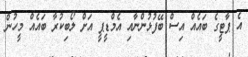
އެ ޕާޓީގެ ބައެއް އިސް ބޭފުޅުންނާއި އެމްޑީޕީ އަށް ލޯބިކުރާ ބައެއް މީހުން